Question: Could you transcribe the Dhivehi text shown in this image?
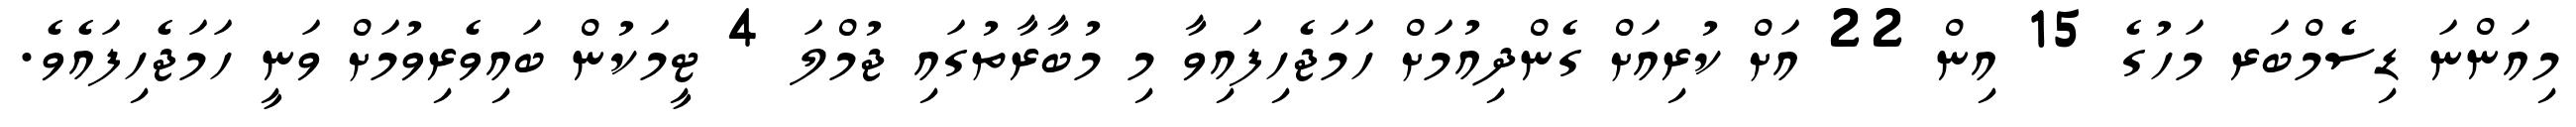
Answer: މިއަންނަ ޑިސެމްބަރ މަހުގެ 15 އިން 22 އަށް ކުރިއަށް ގެންދިއުމަށް ހަމަޖެހިފައިވާ މި މުބާރާތުގައި ޖުމްލަ 4 ޓީމަކުން ބައިވެރިވުމަށް ވަނީ ހަމަޖެހިފައެވެ.